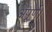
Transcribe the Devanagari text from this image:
अपूर्ण।